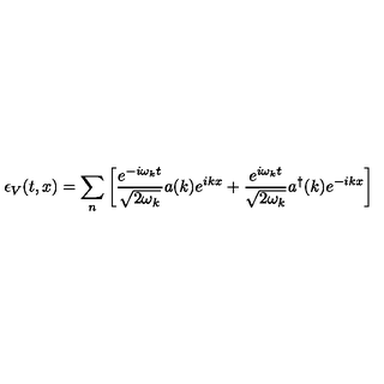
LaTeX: \epsilon _ { V } ( t , x ) = \sum _ { n } \left[ \frac { e ^ { - i \omega _ { k } t } } { \sqrt { 2 \omega _ { k } } } a ( k ) e ^ { i k x } + \frac { e ^ { i \omega _ { k } t } } { \sqrt { 2 \omega _ { k } } } a ^ { \dagger } ( k ) e ^ { - i k x } \right]